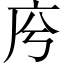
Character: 𢇱